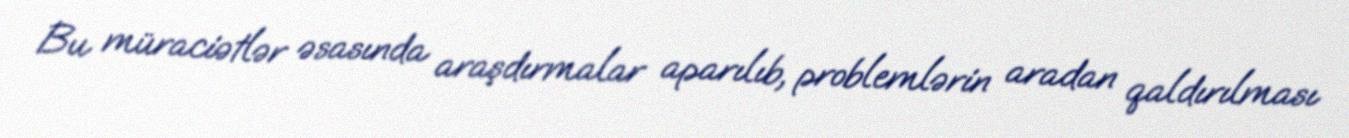
Bu müraciətlər əsasında araşdırmalar aparılıb, problemlərin aradan qaldırılması